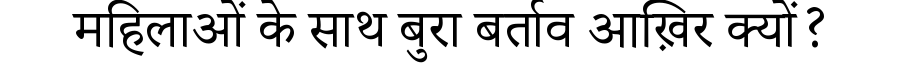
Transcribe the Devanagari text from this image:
महिलाओं के साथ बुरा बर्ताव आख़िर क्यों?